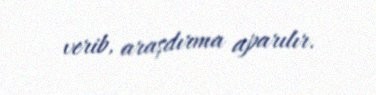
verib, araşdırma aparılır.